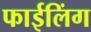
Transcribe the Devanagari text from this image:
फाईलिंग